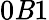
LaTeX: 0\mathit{B}1